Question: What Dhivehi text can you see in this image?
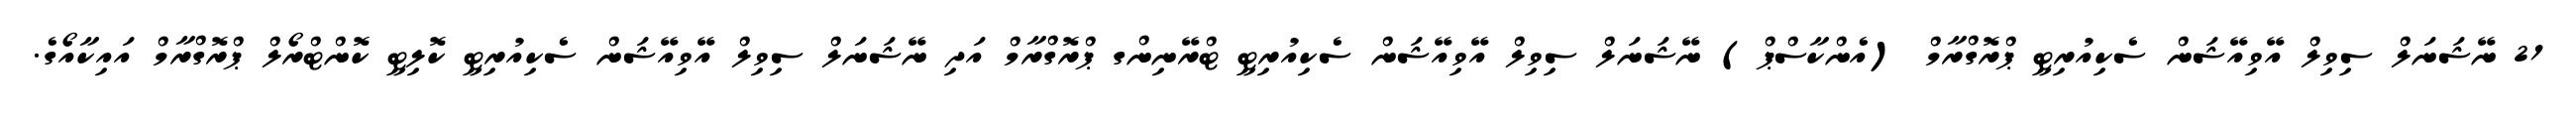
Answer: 21 ނޭޝަނަލް ސިވިލް އޭވިއޭޝަން ސެކިއުރިޓީ ޕްރޮގްރާމް (އެންކާސްޕް) ނޭޝަނަލް ސިވިލް އޭވިއޭޝަން ސެކިއުރިޓީ ޓްރޭނިންގ ޕްރޮގްރާމް އަދި ނޭޝަނަލް ސިވިލް އޭވިއޭޝަން ސެކިއުރިޓީ ކޮލިޓީ ކޮންޓްރޯލް ޕްރޮގްރާމް އައިކާއޯގެ.